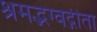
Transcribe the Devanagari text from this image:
श्रमद्भग्वद्गीता